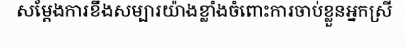
សម្តែងការខឹងសម្បារយ៉ាងខ្លាំងចំពោះការចាប់ខ្លួនអ្នកស្រី